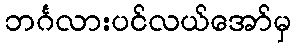
ဘင်္ဂလားပင်လယ်အော်မှ